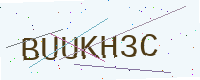
Text: BUUKH3C